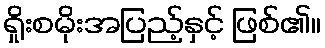
ရှိုးစမိုးအပြည့်နှင့် ဖြစ်၏။